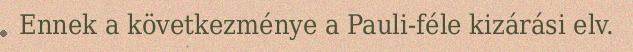
Ennek a következménye a Pauli-féle kizárási elv.